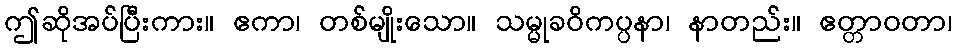
ဤဆိုအပ်ပြီးကား။ ဧကာ၊ တစ်မျိုးသော။ သမ္မုခဝိကပ္ပနာ၊ နာတည်း။ ဧတ္တာဝတာ၊